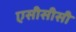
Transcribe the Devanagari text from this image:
एसीसीसी